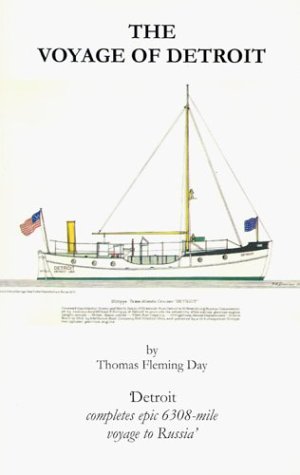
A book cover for The Voyage of Detroit; Thomas Fleming Day; Travel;